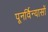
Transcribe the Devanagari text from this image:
पूनर्विन्यासों